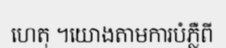
ហេតុ ។យោងតាមការបំភ្លឺពី